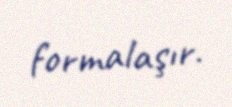
formalaşır.